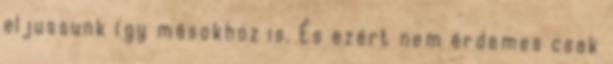
eljussunk így másokhoz is. És ezért nem érdemes csak